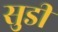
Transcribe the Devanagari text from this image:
सुडी